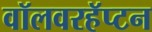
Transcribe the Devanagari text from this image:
वॉलवरहॅप्टन